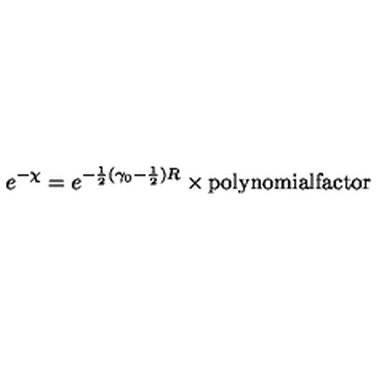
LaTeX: e ^ { - \chi } = e ^ { - \frac 1 2 ( \gamma _ { 0 } - \frac 1 2 ) R } \times \mathrm { p o l y n o m i a l f a c t o r }